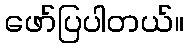
ဖော်ပြပါတယ်။